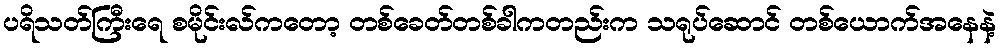
ပရိသတ်ကြီးရေ စမိုင်းလ်ကတော့ တစ်ခေတ်တစ်ခါကတည်းက သရုပ်ဆောင် တစ်ယောက်အနေနဲ့